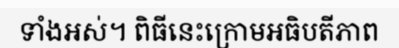
ទាំងអស់។ ពិធីនេះក្រោមអធិបតីភាព